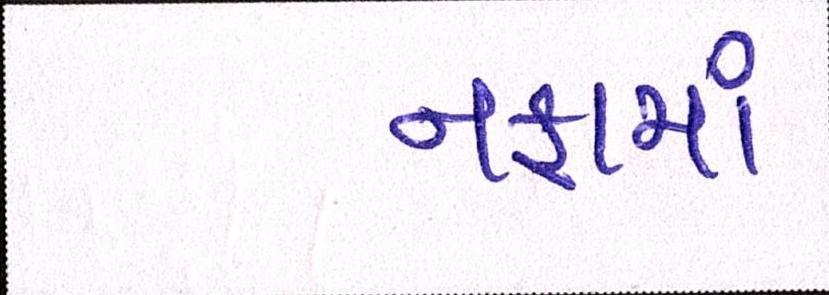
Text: નફામાં